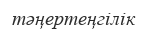
тәңертеңгілік